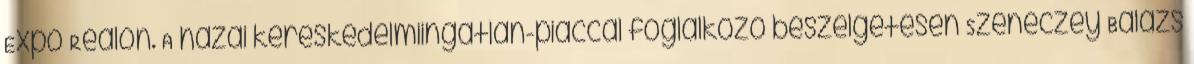
Expo Realon. A hazai kereskedelmiingatlan-piaccal foglalkozó beszélgetésen Szeneczey Balázs